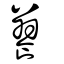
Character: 籑